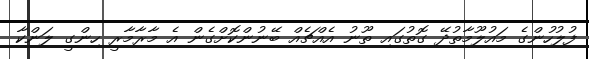
ފުލުހުންގެ މައުލޫމާތުދޭ ގޮތުގައި ތޫނު އެއްޗެއް ބޭނުންކޮށްގެން އެ މާރާމާރީ ހިންގީ ލަންކާ